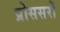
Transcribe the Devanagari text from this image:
प्रोससरों